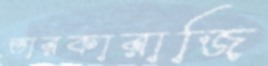
তারকারাজি